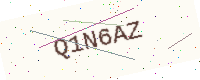
Text: Q1N6AZ